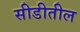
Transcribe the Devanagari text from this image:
सीडीतील